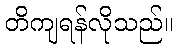
တိကျရန်လိုသည်။